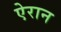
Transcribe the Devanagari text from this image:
ऐरान